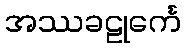
အဿခဠုင်္ကေ